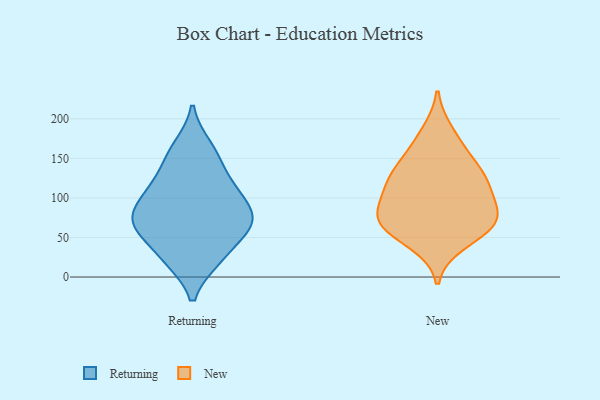
{"axis": {"x": "Gross Profit (USD K)", "y": "Value"}, "legend": ["New", "Returning"], "data": [{"x": "", "y": 103, "type": "Returning"}, {"x": "", "y": 106, "type": "Returning"}, {"x": "", "y": 55, "type": "Returning"}, {"x": "", "y": 63, "type": "Returning"}, {"x": "", "y": 165, "type": "Returning"}, {"x": "", "y": 22, "type": "Returning"}, {"x": "", "y": 73, "type": "Returning"}, {"x": "", "y": 74, "type": "Returning"}, {"x": "", "y": 148, "type": "Returning"}, {"x": "", "y": 74, "type": "Returning"}, {"x": "", "y": 22, "type": "Returning"}, {"x": "", "y": 120, "type": "Returning"}, {"x": "", "y": 69, "type": "New"}, {"x": "", "y": 141, "type": "New"}, {"x": "", "y": 183, "type": "New"}, {"x": "", "y": 62, "type": "New"}, {"x": "", "y": 43, "type": "New"}, {"x": "", "y": 161, "type": "New"}, {"x": "", "y": 129, "type": "New"}, {"x": "", "y": 80, "type": "New"}, {"x": "", "y": 113, "type": "New"}, {"x": "", "y": 121, "type": "New"}, {"x": "", "y": 112, "type": "New"}, {"x": "", "y": 82, "type": "New"}, {"x": "", "y": 77, "type": "New"}, {"x": "", "y": 62, "type": "New"}]}